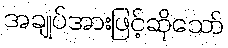
အချုပ်အားဖြင့်ဆိုသော်